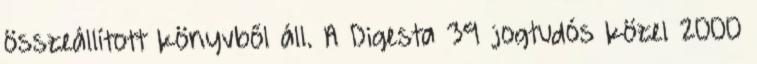
összeállított könyvből áll. A Digesta 39 jogtudós közel 2000